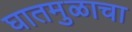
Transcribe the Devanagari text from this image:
घातमुळाचा